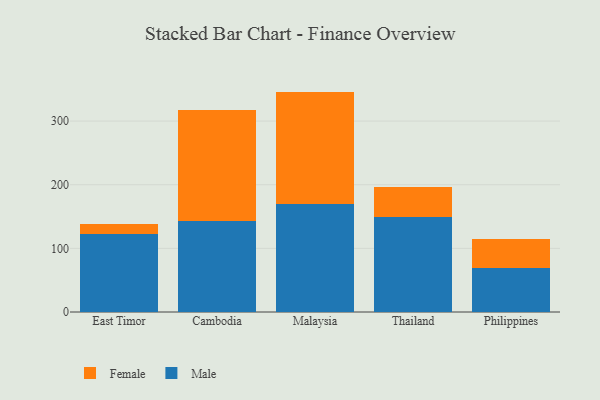
{"axis": {"x": "Country", "y": "Headcount"}, "legend": ["Female", "Male"], "data": [{"x": "East Timor", "y": 123.0, "type": "Male"}, {"x": "East Timor", "y": 15.7, "type": "Female"}, {"x": "Cambodia", "y": 143.1, "type": "Male"}, {"x": "Cambodia", "y": 174.3, "type": "Female"}, {"x": "Malaysia", "y": 169.3, "type": "Male"}, {"x": "Malaysia", "y": 177.0, "type": "Female"}, {"x": "Thailand", "y": 149.8, "type": "Male"}, {"x": "Thailand", "y": 46.0, "type": "Female"}, {"x": "Philippines", "y": 69.2, "type": "Male"}, {"x": "Philippines", "y": 45.7, "type": "Female"}]}